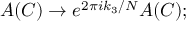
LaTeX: A ( C ) \rightarrow e ^ { 2 \pi i k _ { 3 } / N } A ( C ) ;